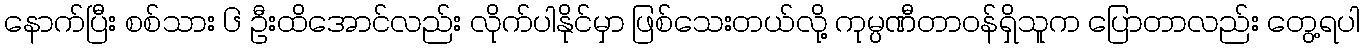
နောက်ပြီး စစ်သား ၆ ဦးထိအောင်လည်း လိုက်ပါနိုင်မှာ ဖြစ်သေးတယ်လို့ ကုမ္ပဏီတာဝန်ရှိသူက ပြောတာလည်း တွေ့ရပါ